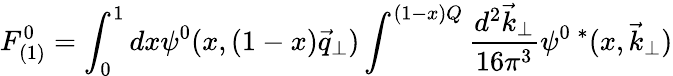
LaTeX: F_{(1)}^{0}=\int_{0}^{1}dx\psi^{0}(x,(1-x)\vec{q}_{\perp})\int^{(1-x)Q}\frac{d^{2}\vec{k}_{\perp}}{16\pi^{3}}\psi^{0\; *}(x,\vec{k}_{\perp})